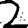
Digit: 2